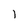
Character: l